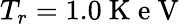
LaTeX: T_{r}=1.0\mathrm{~K~e~V~}